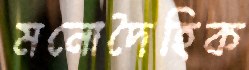
মনোদৈহিক